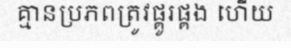
គ្មានប្រភពត្រូវផ្គូរផ្គង ហើយ